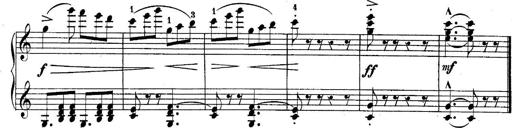
Title: 10 Sonatines progressives
Composer: Anton Schmoll